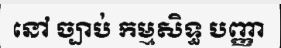
នៅ ច្បាប់ កម្មសិទ្ធ បញ្ញា